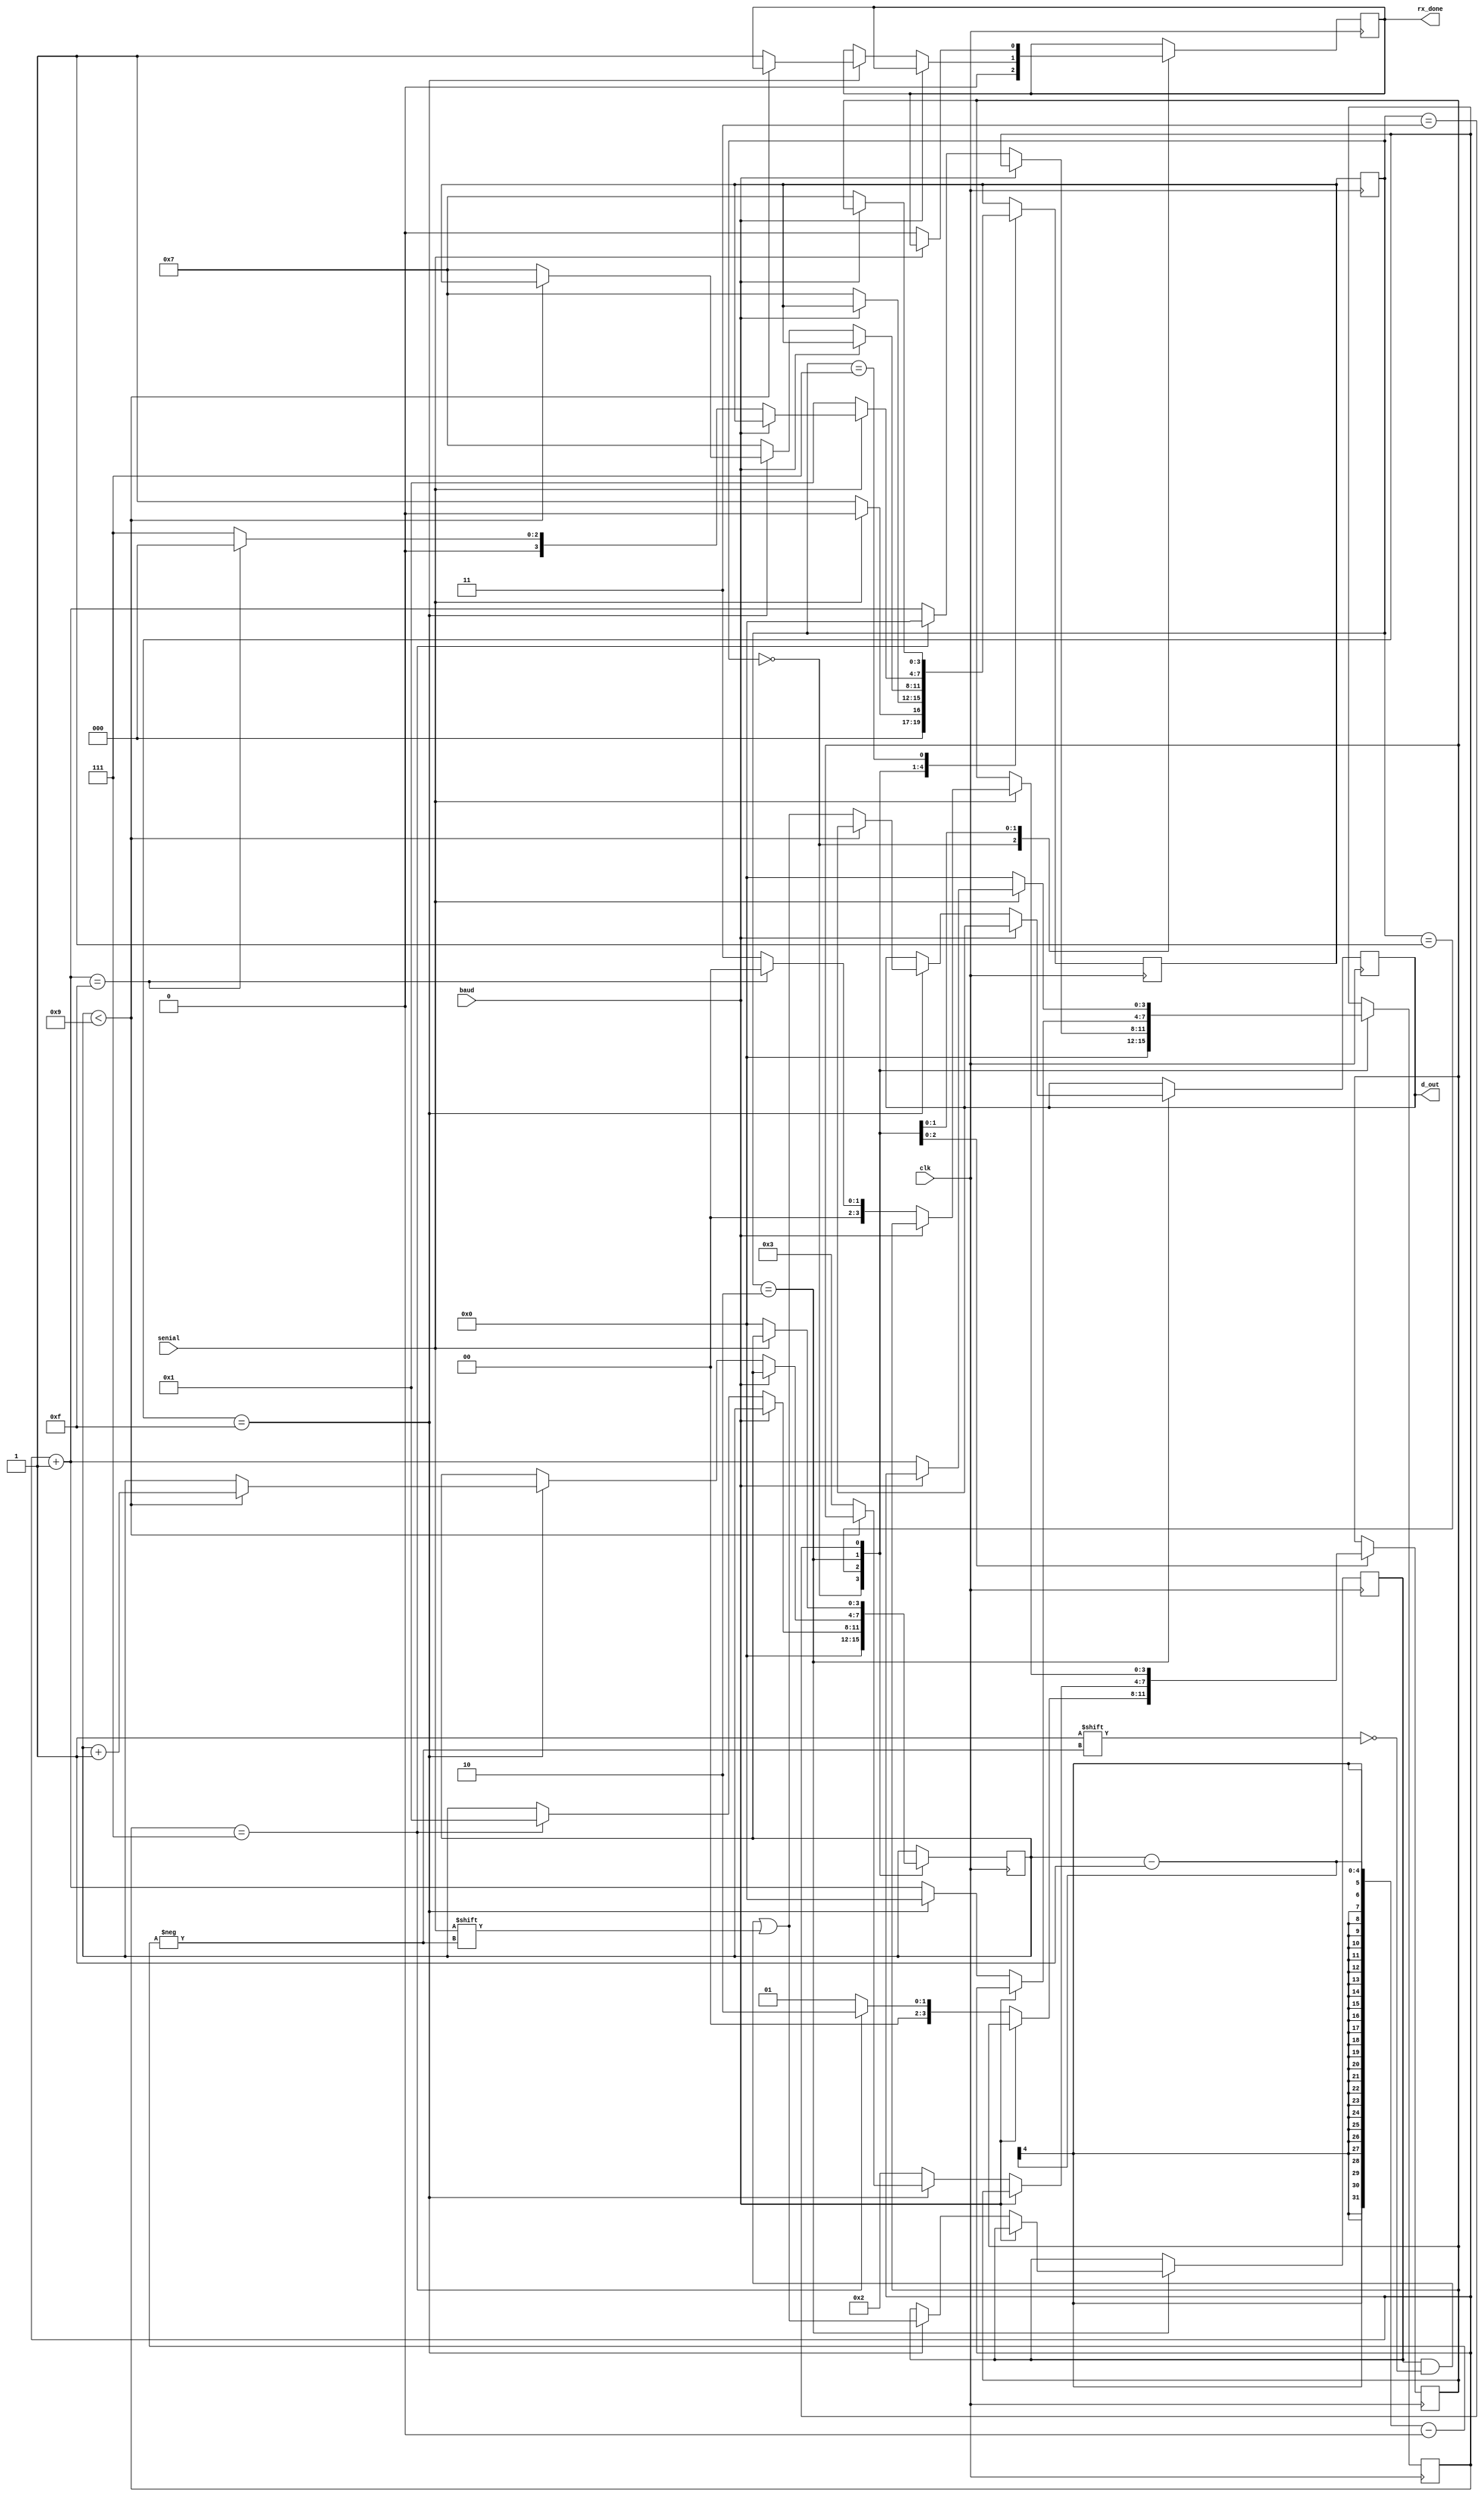
`timescale 1ns / 1ps
//////////////////////////////////////////////////////////////////////////////////
// Company: 
// Engineer: 
// 
// Design Name: 
// Module Name:    rx 
// Project Name: 
// Target Devices: 
// Tool versions: 
// Description: 
//
// Dependencies: 
//
// Revision: 
// Revision 0.01 - File Created
// Additional Comments: 
//
//////////////////////////////////////////////////////////////////////////////////
module rx
(
	input wire senial,
	input wire clk,
	input wire baud,
	output reg [7:0]d_out,
	output reg rx_done
);
		
//Estados
localparam [3:0] IDLE = 3'b000,
					  START = 3'b001,
					  DATA = 3'b010,
					  STOP = 3'b011,
					  WAIT = 3'b111;
					  
					  
					  
//Variables internas
reg [3:0] current_state = 3'b000;
reg [3:0] next_state = 3'b000;
reg [3:0] state_after_wait = 3'b000;
reg [3:0] n = 0;
reg [3:0] s = 0;
reg [7:0] buffer = 1;

always @(posedge clk)
begin
	current_state <= next_state;
end
		
always @(posedge clk) // always de logica de salida
begin
	//d_out = buffer;
	//current_state = next_state;
	case(current_state)
		IDLE: // estado inicial. Idle
				begin
					rx_done = 0;
					s = 0;
					n = 0;
					if(senial == 0)
						next_state = START;
					else
						next_state = IDLE;
				end
		START: // se recibe el bit de start
				begin
					if(baud==0)
					begin
						if(s==7)
						begin
							s=0;
							n=1;
							next_state = WAIT;
							state_after_wait = DATA;
						end
						else
						begin
							s = s+1;
							next_state = WAIT;
							state_after_wait = START;
						end
					end
				end	
		DATA: // se espera incrementando s
				begin
					if(baud == 0)
					begin
						if(s==15)
						begin
							s=0;
							buffer[n-1]=senial;
							if(n<9)
							begin
								n = n+1;
							end
							else
							begin
								d_out = buffer;
								rx_done=1;
								next_state = WAIT;
								state_after_wait = STOP;
							end
						end
						else
						begin
							s = s+1;
							next_state = WAIT;
							state_after_wait = DATA;
						end
					end
				end
		STOP: // se guarda el dato en el buffer
				begin
					if(senial == 0)
					begin
						next_state = START;
						rx_done = 0;
						s = 0;
						n = 0;
					end
					else
					begin
						if(baud == 0)
						begin
							s=s+1;
							if(s == 15)
							begin
								//d_out = buffer;
								//rx_done=1;
								next_state = IDLE;
								state_after_wait = IDLE;
							end
							else
							begin
								next_state = WAIT;
								state_after_wait = STOP;
							end
						end
					end
				end
		WAIT:
			begin
				if(baud==0)
				begin
					next_state = WAIT;
				end
				else
				begin
					next_state = state_after_wait;
				end
			end
	endcase
end//always de logica de salida
	

endmodule